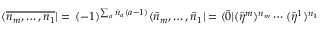
\langle \overline { { { n _ { m } , \ldots , n _ { 1 } } } } | = \, ( - 1 ) ^ { \sum _ { a } \bar { n } _ { a } ( a - 1 ) } \langle \bar { n } _ { m } , \ldots , \bar { n } _ { 1 } | = \langle \bar { 0 } | ( \hat { \eta } ^ { m } ) ^ { n _ { m } } \cdots ( \hat { \eta } ^ { 1 } ) ^ { n _ { 1 } }